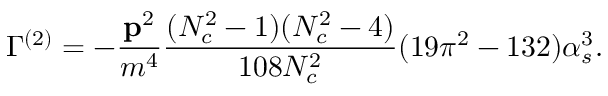
\Gamma ^ { ( 2 ) } = - { \frac { { \bf p } ^ { 2 } } { m ^ { 4 } } } { \frac { ( N _ { c } ^ { 2 } - 1 ) ( N _ { c } ^ { 2 } - 4 ) } { 1 0 8 N _ { c } ^ { 2 } } } ( 1 9 \pi ^ { 2 } - 1 3 2 ) \alpha _ { s } ^ { 3 } .